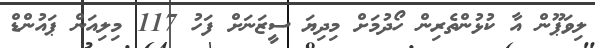
ލިވަޕޫން އާ ކުޅުންތެރިން ހޯދުމަށް މިދިޔަ ސީޒަނަށް ފަހު 117 މިލިއަން ޕައުންޑް